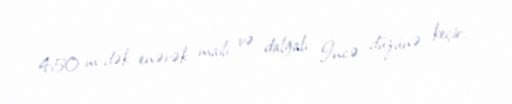
450 m-dək enərək maili və dalğalı İncə düzünə keçir.